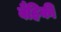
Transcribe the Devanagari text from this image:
बैहिकी